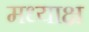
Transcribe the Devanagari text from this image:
मध्याक्ष